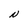
Character: N